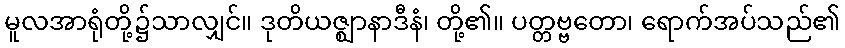
မူလအာရုံတို့၌သာလျှင်။ ဒုတိယဇ္ဈာနာဒီနံ၊ တို့၏။ ပတ္တဗ္ဗတော၊ ရောက်အပ်သည်၏